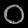
Digit: ၀